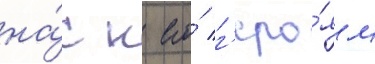
на́с к его́ г'еро́ям